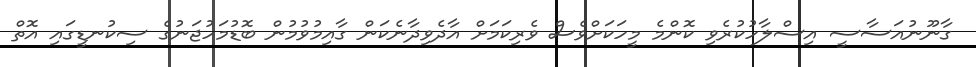
ގާނޫނުއަސާސީ އިސްލާހުކުރެވި ކޮންމެ މީހަކަށްވެސް ވެރިކަމަށް އާދެވިދާނެކަން ގާއިމުވުމުން ބޮޑުމަހުޖަނުގެ ސިކުނޑީގައި އޮތް